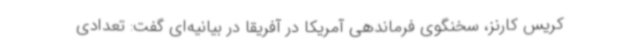
کریس کارنز، سخنگوی فرماندهی آمریکا در آفریقا در بیانیه‌ای گفت: تعدادی